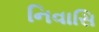
નિવાસિ